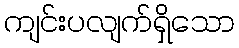
ကျင်းပလျက်ရှိသော